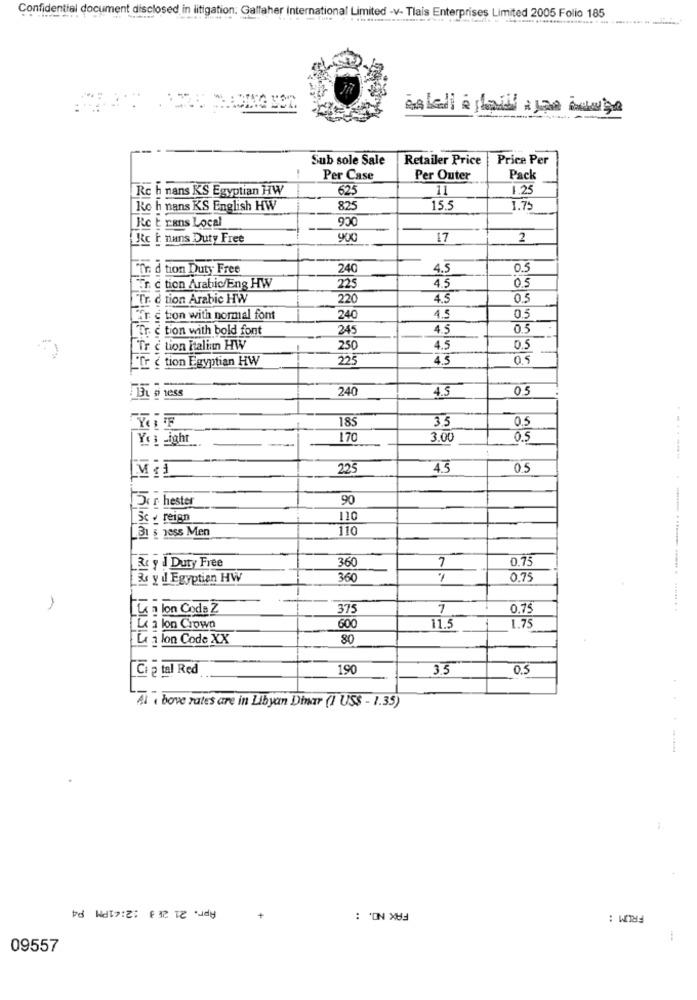
Confidential document disclosed in litigation. Gallaher international Limited -v-Tlais Enterprises Limited 2005 Folio 185
ADING LOR
مؤسسة مجرد للتجارة العامة
Sub sole Sale
Retailer Price
Price Per
Per Case
Per Outer
Pack
Rc h nans KS Egyptian HW
625
11
1.25
Rc h nans KS English HW
825
15.5
1.75
Rc t rans Local
Rc F nuns Duty Free
900
17
2
Ff d tion Duty Free
240
4.5
0.5
225
Er. c tion Arabic/Eng HW
4.5
0.5
Tr. d tion Arabic HW
220
4.5
0.5
2 c tion with normal font
240
4.5
0.5
FTr. c tion with bold font
245
4.5
0.5
Tr c tion Italian HW
250
4.5
0.5
"Ir ( tion Egyptian HW
225
4.5
0.5
240
4.5
05
185
35
0.5
Yo: Light
170
3.00
0.5
225
4.5
0.5
Por hester
90
Sc . reign
110
LB1 & jess Men
110
& y J Duty Free
360
7
0.75
Bs y dl Egyptian HW
360
0,75
La lon Code Z
375
7
0.75
600
Le a lon Crown
11.
1.7
La lon Code XX
80
Cie tal Red
19
3.5
0.5
Alt bove rates are in Libyan Dir (1 US$ - 1.35)
..-
Apr. 21 2F 3 :2:41PM P4
FAX NO. :
FROM :
+
09557